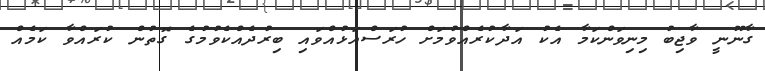
ގާނޫނީ ވާޖިބު މިނިވަންކަމާ އެކު އަދާކުރެއްވުމަށް ހުރަސްއަޅުއްވައި ބިރުދެއްކެވުމުގެ ގޮތުން ކުރައްވާ ކަމެއް